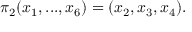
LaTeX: \pi _ { 2 } ( x _ { 1 } , . . . , x _ { 6 } ) = ( x _ { 2 } , x _ { 3 } , x _ { 4 } ) .